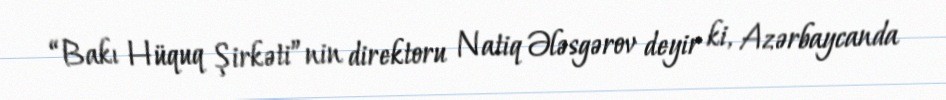
“Bakı Hüquq Şirkəti”nin direktoru Natiq Ələsgərov deyir ki, Azərbaycanda